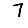
Digit: 7